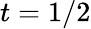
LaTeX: t=1/2